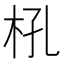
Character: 𣏺